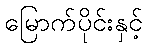
မြောက်ပိုင်းနှင့်